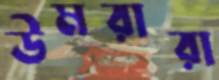
উমরারা